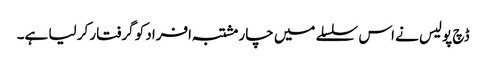
ڈچ پولیس نے اس سلسلے میں چار مشتبہ افراد کو گرفتار کر لیا ہے۔